Vaccination in Bombay 1869-1873 - 1869-1873
Year: 1869
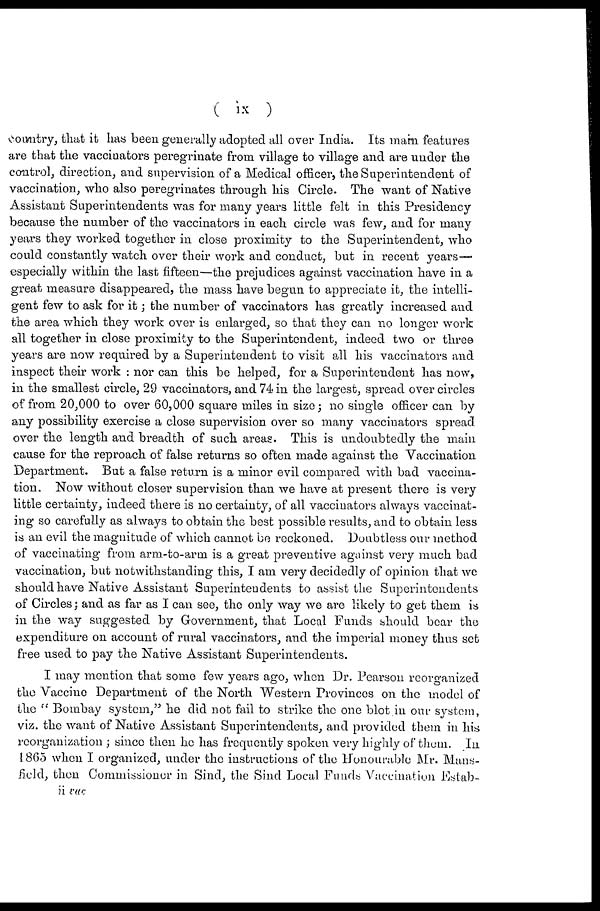
( ix )
country, that it has been generally adopted all over India. Its main features
are that the vaccinators peregrinate from village to village and are under the
control, direction, and supervision of a Medical officer, the Superintendent of
vaccination, who also peregrinates through his Circle. The want of Native
Assistant Superintendents was for many years little felt in this Presidency
because the number of the vaccinators in each circle was few, and for many
years they worked together in close proximity to the Superintendent, who
could constantly watch over their work and conduct, but in recent years—
especially within the last fifteen—the prejudices against vaccination have in a
great measure disappeared, the mass have begun to appreciate it, the intelli-
gent few to ask for it; the number of vaccinators has greatly increased and
the area which they work over is enlarged, so that they can no longer work
all together in close proximity to the Superintendent, indeed two or three
years are now required by a Superintendent to visit all his vaccinators and
inspect their work : nor can this be helped, for a Superintendent has now
in the smallest circle, 29 vaccinators, and 74 in the largest, spread over circles
of from 20,000 to over 60,000 square miles in size; no single officer can by
any possibility exercise a close supervision over so many vaccinators spread
over the length and breadth of such areas. This is undoubtedly the main
cause for the reproach of false returns so often made against the Vaccination
Department. But a false return is a minor evil compared with bad vaccina-
tion. Now without closer supervision than we have at present there is very
little certainty, indeed there is no certainty, of all vaccinators always vaccinat-
ing so carefully as always to obtain the best possible results, and to obtain less
is an evil the magnitude of which cannot be reckoned. Doubtless our method
of vaccinating from arm-to-arm is a great preventive against very much bad
vaccination, but notwithstanding this, I am very decidedly of opinion that we
should have Native Assistant Superintendents to assist the Superintendents
of Circles; and as far as I can see, the only way we are likely to get them is
in the way suggested by Government, that Local Funds should bear the
expenditure on account of rural vaccinators, and the imperial money thus set
free used to pay the Native Assistant Superintendents.
I may mention that some few years ago, when Dr. Pearson reorganized
the Vaccine Department of the North Western Provinces on the model of
the " Bombay system," he did not fail to strike the one blot in our system,
viz. the want of Native Assistant Superintendents, and provided them in his
reorganization ; since then he has frequently spoken very highly of them. In
1865 when I organized, under the instructions of the Honourable Mr. Mans-
field, then Commissioner in Sind, the Sind Local Funds Vaccination Estab-
ii vac